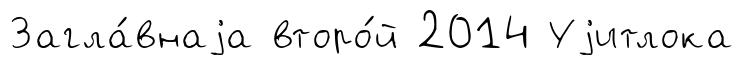
Загла́внаjа второ́й 2014 Уjитлока